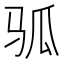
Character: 𬳷